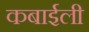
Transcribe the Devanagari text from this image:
कबाईली